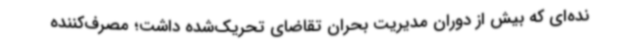
نده‌ای که بیش از دوران مدیریت بحران تقاضای تحریک‌شده داشت؛ مصرف‌کننده